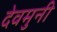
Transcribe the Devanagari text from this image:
देवमुनी